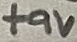
Text: +9V